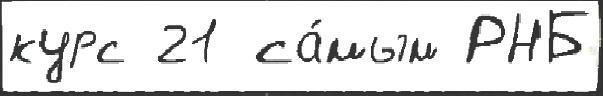
курс 21 са́мым РНБ